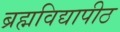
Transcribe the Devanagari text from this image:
ब्रह्मविद्यापीठ